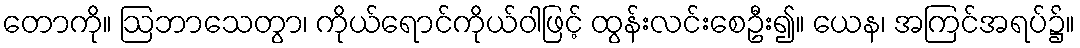
တောကို။ ဩဘာသေတွာ၊ ကိုယ်ရောင်ကိုယ်ဝါဖြင့် ထွန်းလင်းစေဦး၍။ ယေန၊ အကြင်အရပ်၌။